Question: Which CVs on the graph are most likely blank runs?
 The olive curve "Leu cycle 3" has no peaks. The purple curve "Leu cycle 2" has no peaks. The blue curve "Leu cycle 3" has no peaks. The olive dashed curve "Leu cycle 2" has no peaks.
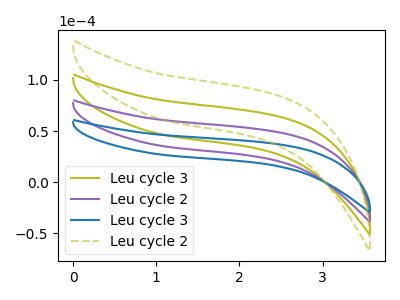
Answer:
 <answer>"Leu cycle 3", "Leu cycle 2", "Leu cycle 3" and "Leu cycle 2" are likely to be blanks.</answer>
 <eval>"Leu cycle 3", "Leu cycle 2", "Leu cycle 3", "Leu cycle 2"</eval>